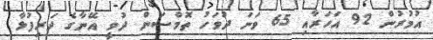
އުމުރުން 92 އަހަރާއި 65 ވަނަ ދުވަހު ތޮމްސަން ދުވީ އޭނާގެ ދަރިފުޅާ